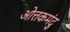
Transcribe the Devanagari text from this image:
ओत्तकमंदु